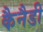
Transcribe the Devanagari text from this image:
कैनैडी